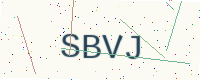
Text: SBVJ